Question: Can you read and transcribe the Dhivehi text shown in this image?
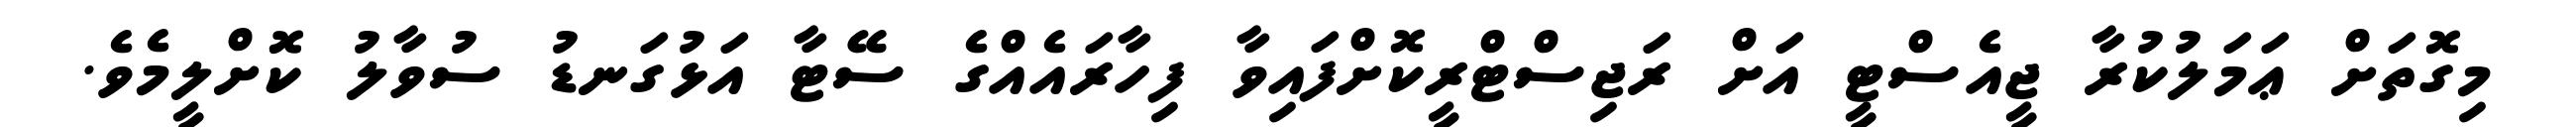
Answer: މިގޮތަށް ޢަމަލުކުރާ ޖީއެސްޓީ އަށް ރަޖިސްޓްރީކޮށްފައިވާ ފިހާރައެއްގެ ސޭޓާ އަޅުގަނޑު ސުވާލު ކޮށްލީމެވެ.